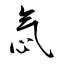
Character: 忥